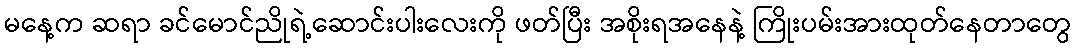
မနေ့က ဆရာ ခင်မောင်ညိုရဲ့ဆောင်းပါးလေးကို ဖတ်ပြီး အစိုးရအနေနဲ့ ကြိုးပမ်းအားထုတ်နေတာတွေ